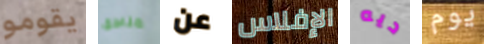
يقومو مناطق عن الإفلاس ديه يوم